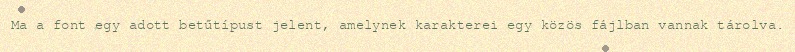
Ma a font egy adott betűtípust jelent, amelynek karakterei egy közös fájlban vannak tárolva.